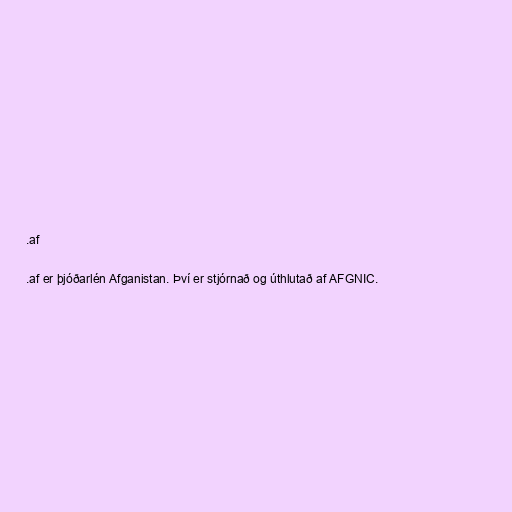
.af

.af er þjóðarlén Afganistan. Því er stjórnað og úthlutað af AFGNIC.